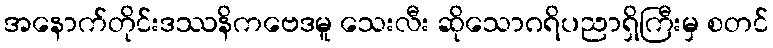
အနောက်တိုင်းဒဿနိကဗေဒမူ သေးလီး ဆိုသောဂရိပညာရှိကြီးမှ စတင်